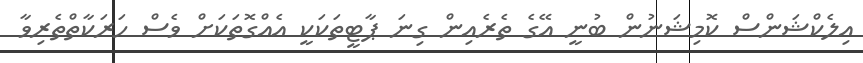
އިލެކްޝަންސް ކޮމިޝަނުން ބުނީ އޭގެ ތެރެއިން ގިނަ ޕާޓީތަކަކީ އެއްގޮތަކަށް ވެސް ހަރަކާތްތެރިވާ